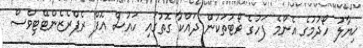
ޚިޔާލު ހޯދުމުގެ އެންމެ ފަހުގެ ވޯޓުތަކުން ދައްކާ ގޮތުގައި ހައުސް އޮފް ރެޕްރެޒެންޓޭޓިވްސް